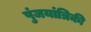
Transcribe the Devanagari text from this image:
पुंजयांत्रिकी